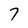
Character: 7